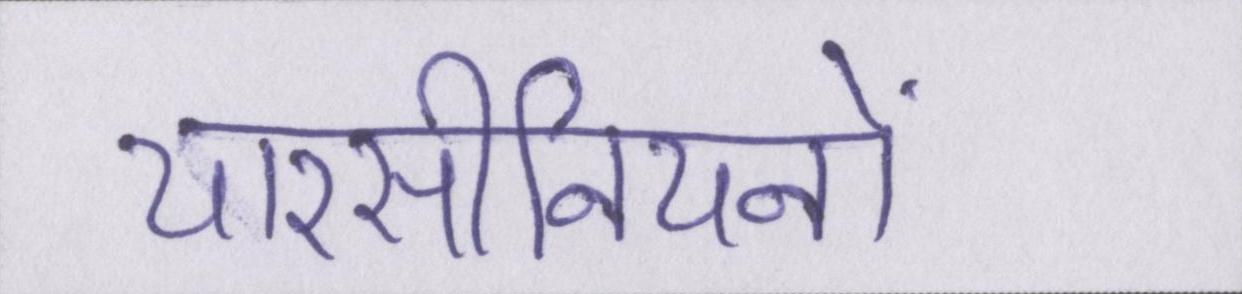
यारसीनियनों